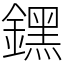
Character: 𨭆